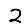
Digit: 2